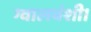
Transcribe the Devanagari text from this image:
ग्वालवंशी।